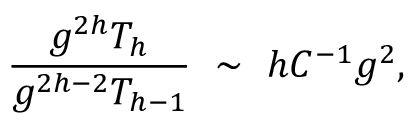
\frac { g ^ { 2 h } T _ { h } } { g ^ { 2 h - 2 } T _ { h - 1 } } \ \sim \ h C ^ { - 1 } g ^ { 2 } ,